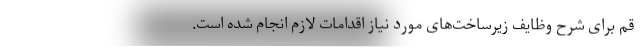
قم برای شرح وظایف زیرساخت‌های مورد نیاز اقدامات لازم انجام شده است.